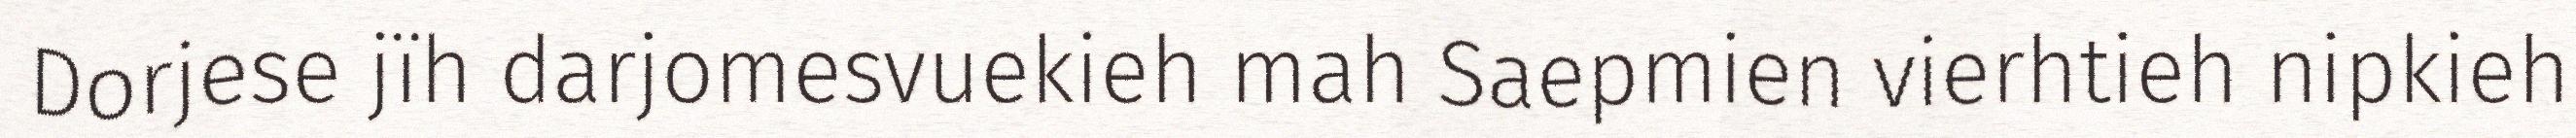
Dorjese jïh darjomesvuekieh mah Saepmien vierhtieh nipkieh